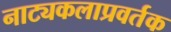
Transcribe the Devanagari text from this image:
नाट्यकलाप्रवर्तक